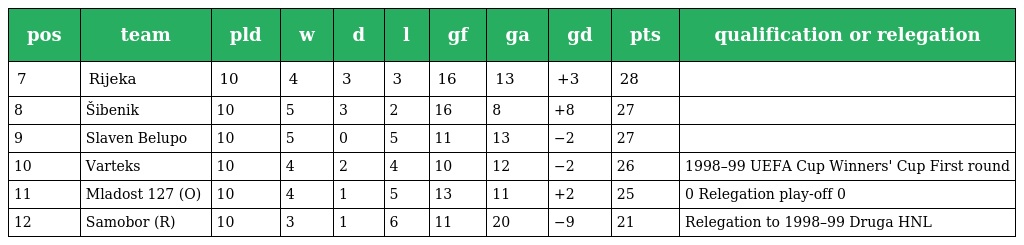
| pos | team | pld | w | d | l | gf | ga | gd | pts | qualification or relegation |
 | --- | --- | --- | --- | --- | --- | --- | --- | --- | --- | --- |
 | 7 | Rijeka | 10 | 4 | 3 | 3 | 16 | 13 | +3 | 28 |  |
 | 8 | Šibenik | 10 | 5 | 3 | 2 | 16 | 8 | +8 | 27 |  |
 | 9 | Slaven Belupo | 10 | 5 | 0 | 5 | 11 | 13 | −2 | 27 |  |
 | 10 | Varteks | 10 | 4 | 2 | 4 | 10 | 12 | −2 | 26 | 1998–99 UEFA Cup Winners' Cup First round |
 | 11 | Mladost 127 (O) | 10 | 4 | 1 | 5 | 13 | 11 | +2 | 25 | 0 Relegation play-off 0 |
 | 12 | Samobor (R) | 10 | 3 | 1 | 6 | 11 | 20 | −9 | 21 | Relegation to 1998–99 Druga HNL |